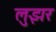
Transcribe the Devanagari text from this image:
लुझर